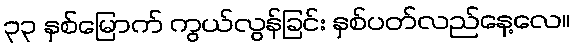
၃၃ နှစ်မြောက် ကွယ်လွန်ခြင်း နှစ်ပတ်လည်နေ့လေ။